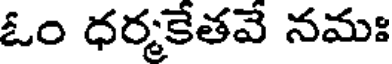
ఓం ధర్మకేతవే నమః